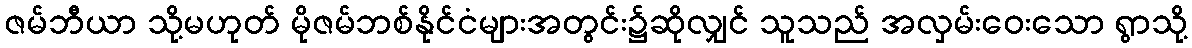
ဇမ်ဘီယာ သို့မဟုတ် မိုဇမ်ဘစ်နိုင်ငံများအတွင်း၌ဆိုလျှင် သူသည် အလှမ်းဝေးသော ရွာသို့